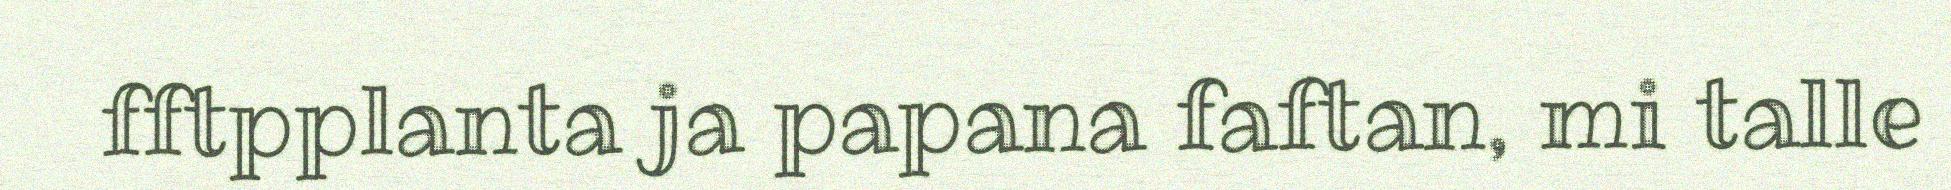
fftpplanta ja papana faftan, mi talle